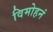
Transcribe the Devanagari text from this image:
विमोहनं